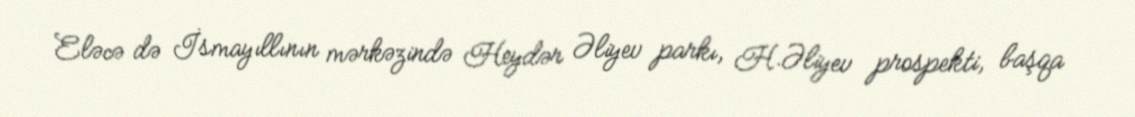
Eləcə də İsmayıllının mərkəzində Heydər Əliyev parkı, H.Əliyev prospekti, başqa